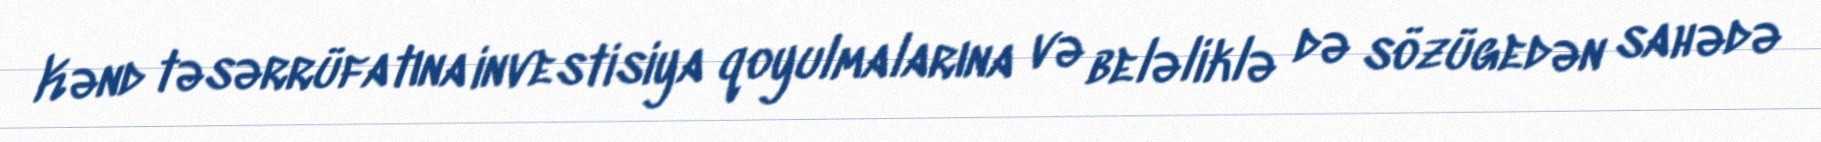
Kənd təsərrüfatına investisiya qoyulmalarına və beləliklə də sözügedən sahədə